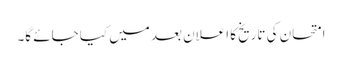
امتحان کی تاریخ کا اعلان بعد میں کیا جائے گا۔